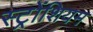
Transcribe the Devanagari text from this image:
स्ट्रोंशियम